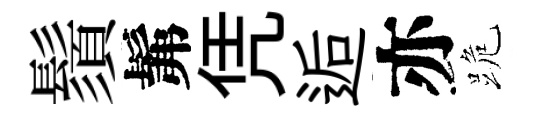
鬚髴凭逅亦跪